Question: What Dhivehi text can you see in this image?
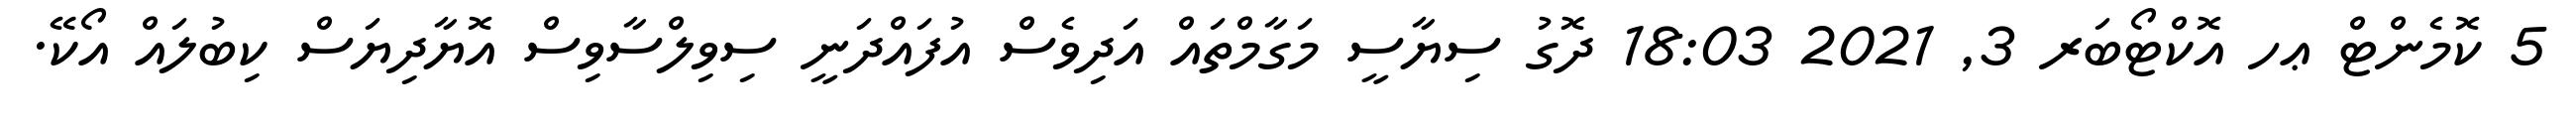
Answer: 5 ކޮމެންޓް ޢހ އޮކްޓޯބަރ 3, 2021 18:03 ދޮގު ސިޔާސީ މަގާމްތައް އަދިވެސް އުފައްދަނީ ސިވިލްސާވިސް އޮޔާދިޔަސް ކިބުލައް އޯކޭ.